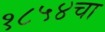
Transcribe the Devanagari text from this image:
१८५४चा